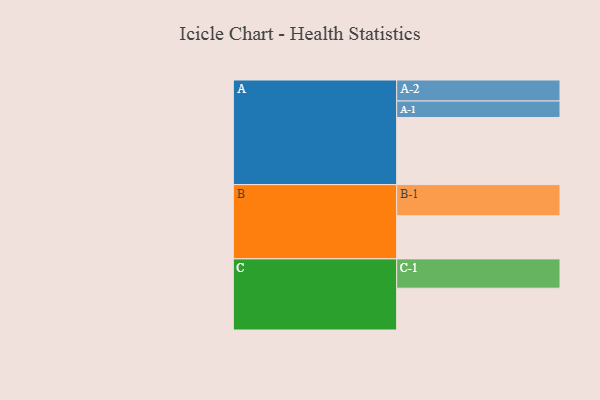
{"axis": {"x": "Segment", "y": "Value"}, "legend": ["", "A", "B", "C"], "data": [{"x": "A", "y": 575, "type": ""}, {"x": "B", "y": 369, "type": ""}, {"x": "C", "y": 358, "type": ""}, {"x": "A-1", "y": 141, "type": "A"}, {"x": "A-2", "y": 180, "type": "A"}, {"x": "B-1", "y": 267, "type": "B"}, {"x": "C-1", "y": 251, "type": "C"}]}